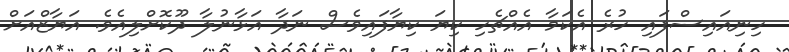
ހިނިއައިސްފައި ހުރެ އެކަމާ އެއްޗެހި ކިޔަ ކިޔާފައިވެސް ނަދާ އަޅާނުލާ ދޫކޮށްލިއެވެ. އަޔާޒްއަށް